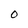
Character: O